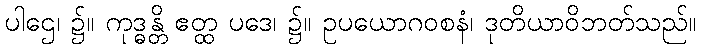
ပါဌေ၊ ၌။ ကုဒ္ဓန္တိ ဧတ္ထ ပဒေ၊ ၌။ ဥပယောဂဝစနံ၊ ဒုတိယာဝိဘတ်သည်။